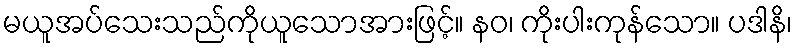
မယူအပ်သေးသည်ကိုယူသောအားဖြင့်။ နဝ၊ ကိုးပါးကုန်သော။ ပဒါနိ၊